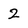
Character: 2